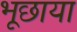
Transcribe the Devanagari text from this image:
भूछाया